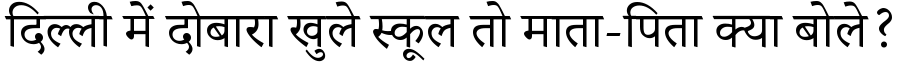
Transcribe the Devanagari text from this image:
दिल्ली में दोबारा खुले स्कूल तो माता-पिता क्या बोले?